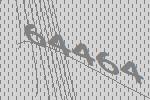
64464